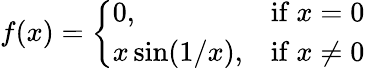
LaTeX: f(x)={\left\{ \begin{array}{ll}{0,}&{{\mathrm{if~}}x=0}\\ {x\sin(1/x),}&{{\mathrm{if~}}x\neq 0}\end{array}\right.}